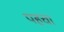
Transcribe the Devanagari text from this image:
पहचा